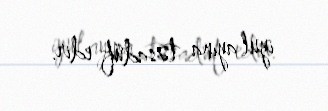
iyul ayına təsadüf edir.